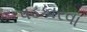
પડકારવા